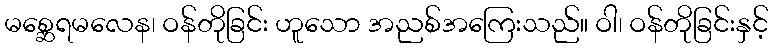
မစ္ဆေရမလေန၊ ဝန်တိုခြင်း ဟူသော အညစ်အကြေးသည်။ ဝါ၊ ဝန်တိုခြင်းနှင့်